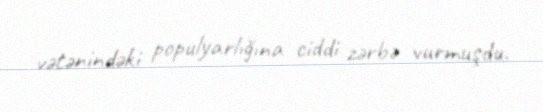
vətənindəki populyarlığına ciddi zərbə vurmuşdu.